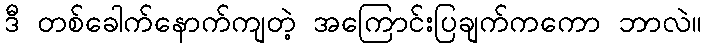
ဒီ တစ်ခေါက်နောက်ကျတဲ့ အကြောင်းပြချက်ကကော ဘာလဲ။